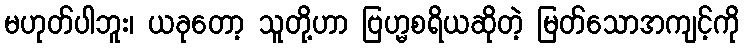
မဟုတ်ပါဘူး၊ ယခုတော့ သူတို့ဟာ ဗြဟ္မစရိယဆိုတဲ့ မြတ်သောအကျင့်ကို